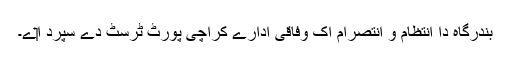
بندرگاہ دا انتظام و انتصرام اک وفاقی ادارے کراچی پورٹ ٹرسٹ دے سپرد ا‏‏ے۔